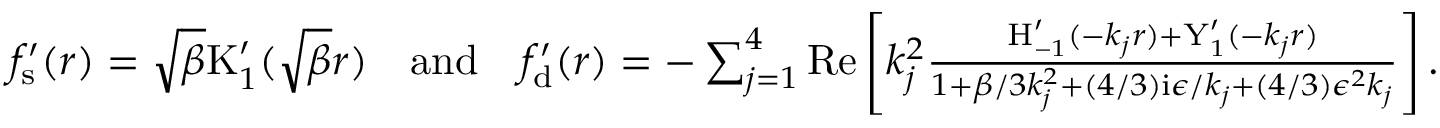
\begin{array} { r } { f _ { \mathrm { s } } ^ { \prime } ( r ) = \sqrt { \beta } \mathrm { K } _ { 1 } ^ { \prime } ( \sqrt { \beta } r ) \quad \mathrm { a n d } \quad f _ { \mathrm { d } } ^ { \prime } ( r ) = - \sum _ { j = 1 } ^ { 4 } \mathrm { R e } \left[ k _ { j } ^ { 2 } \frac { \mathrm { H } _ { - 1 } ^ { \prime } ( - k _ { j } r ) + \mathrm { Y } _ { 1 } ^ { \prime } ( - k _ { j } r ) } { 1 + \beta / 3 k _ { j } ^ { 2 } + ( 4 / 3 ) \mathrm { i } \epsilon / k _ { j } + ( 4 / 3 ) \epsilon ^ { 2 } k _ { j } } \right] . } \end{array}